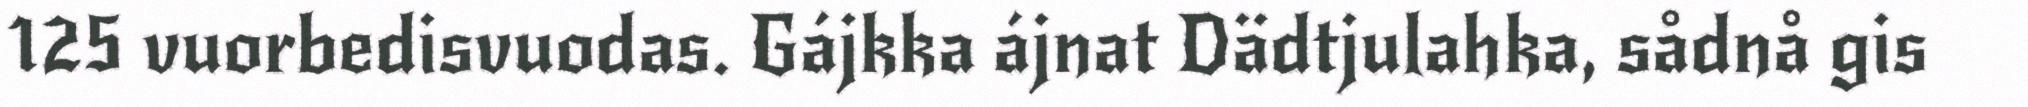
125 vuorbedisvuodas. Gájkka ájnat Dädtjulahka, sådnå gis